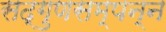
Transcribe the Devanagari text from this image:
सद्गुणसम्पन्न